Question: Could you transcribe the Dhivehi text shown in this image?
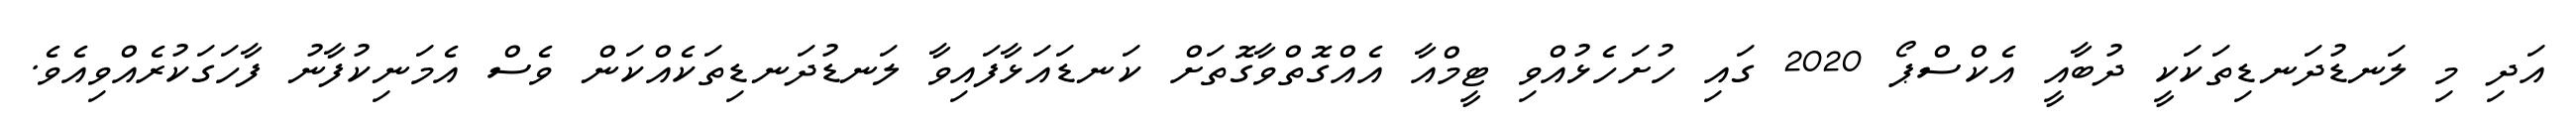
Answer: އަދި މި ލަނޑުދަނޑިތަކަކީ ދުބާއީ އެކްސްޕޯ 2020 ގައި ހުށަހެޅުއްވި ޓީމްއާ އެއްގޮތްވާގޮތަށް ކަނޑައަޅާފައިވާ ލަނޑުދަނޑިތަކެއްކަން ވެސް އެމަނިކުފާނު ފާހަގަކުރެއްވިއެވެ.